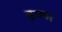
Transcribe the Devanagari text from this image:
दुराधर